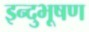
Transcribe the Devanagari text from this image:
इन्दुभूषण